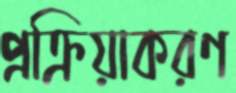
প্রক্রিয়াকরণ